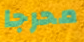
محرجا